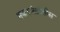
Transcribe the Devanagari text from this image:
मकरसंक्रांतीस